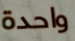
واحدة